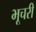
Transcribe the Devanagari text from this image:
भूचरी